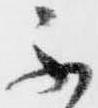
不